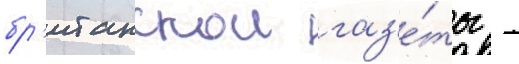
бр'итанскои газ'е́ты